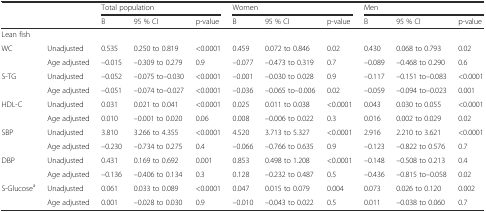
<table><thead><tr><td></td><td></td><td colspan="3"><b>Total population</b></td><td colspan="3"><b>Women</b></td><td colspan="3"><b>Men</b></td></tr><tr><td></td><td></td><td><b>B</b></td><td><b>95 % CI</b></td><td><b>p-value</b></td><td><b>B</b></td><td><b>95 % CI</b></td><td><b>p-value</b></td><td><b>B</b></td><td><b>95 % CI</b></td><td><b>p-value</b></td></tr></thead><tbody><tr><td>Lean fish</td><td></td><td></td><td></td><td></td><td></td><td></td><td></td><td></td><td></td><td></td></tr><tr><td>WC</td><td>Unadjusted</td><td>0.535</td><td>0.250 to 0.819</td><td>&lt;0.0001</td><td>0.459</td><td>0.072 to 0.846</td><td>0.02</td><td>0.430</td><td>0.068 to 0.793</td><td>0.02</td></tr><tr><td></td><td>Age adjusted</td><td>–0.015</td><td>–0.309 to 0.279</td><td>0.9</td><td>–0.077</td><td>–0.473 to 0.319</td><td>0.7</td><td>–0.089</td><td>–0.468 to 0.290</td><td>0.6</td></tr><tr><td>S-TG</td><td>Unadjusted</td><td>–0.052</td><td>–0.075 to–0.030</td><td>&lt;0.0001</td><td>–0.001</td><td>–0.030 to 0.028</td><td>0.9</td><td>–0.117</td><td>–0.151 to–0.083</td><td>&lt;0.0001</td></tr><tr><td></td><td>Age adjusted</td><td>–0.051</td><td>–0.074 to–0.027</td><td>&lt;0.0001</td><td>–0.036</td><td>–0.065 to–0.006</td><td>0.02</td><td>–0.059</td><td>–0.094 to–0.023</td><td>0.001</td></tr><tr><td>HDL-C</td><td>Unadjusted</td><td>0.031</td><td>0.021 to 0.041</td><td>&lt;0.0001</td><td>0.025</td><td>0.011 to 0.038</td><td>&lt;0.0001</td><td>0.043</td><td>0.030 to 0.055</td><td>&lt;0.0001</td></tr><tr><td></td><td>Age adjusted</td><td>0.010</td><td>–0.001 to 0.020</td><td>0.06</td><td>0.008</td><td>–0.006 to 0.022</td><td>0.3</td><td>0.016</td><td>0.002 to 0.029</td><td>0.02</td></tr><tr><td>SBP</td><td>Unadjusted</td><td>3.810</td><td>3.266 to 4.355</td><td>&lt;0.0001</td><td>4.520</td><td>3.713 to 5.327</td><td>&lt;0.0001</td><td>2.916</td><td>2.210 to 3.621</td><td>&lt;0.0001</td></tr><tr><td></td><td>Age adjusted</td><td>–0.230</td><td>–0.734 to 0.275</td><td>0.4</td><td>–0.066</td><td>–0.766 to 0.635</td><td>0.9</td><td>–0.123</td><td>–0.822 to 0.576</td><td>0.7</td></tr><tr><td>DBP</td><td>Unadjusted</td><td>0.431</td><td>0.169 to 0.692</td><td>0.001</td><td>0.853</td><td>0.498 to 1.208</td><td>&lt;0.0001</td><td>–0.148</td><td>–0.508 to 0.213</td><td>0.4</td></tr><tr><td></td><td>Age adjusted</td><td>–0.136</td><td>–0.406 to 0.134</td><td>0.3</td><td>0.128</td><td>–0.232 to 0.487</td><td>0.5</td><td>–0.436</td><td>–0.815 to–0.058</td><td>0.02</td></tr><tr><td>S-Glucose<sup>a</sup></td><td>Unadjusted</td><td>0.061</td><td>0.033 to 0.089</td><td>&lt;0.0001</td><td>0.047</td><td>0.015 to 0.079</td><td>0.004</td><td>0.073</td><td>0.026 to 0.120</td><td>0.002</td></tr><tr><td></td><td>Age adjusted</td><td>0.001</td><td>–0.028 to 0.030</td><td>0.9</td><td>–0.010</td><td>–0.043 to 0.022</td><td>0.5</td><td>0.011</td><td>–0.038 to 0.060</td><td>0.7</td></tr></tbody></table>